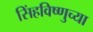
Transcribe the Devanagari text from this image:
सिंहविष्णुच्या